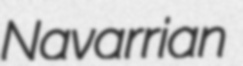
Navarrian